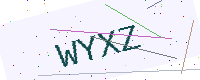
Text: WYXZ